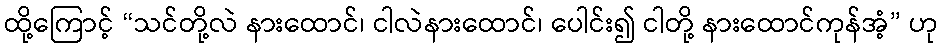
ထို့ကြောင့် “သင်တို့လဲ နားထောင်၊ ငါလဲနားထောင်၊ ပေါင်း၍ ငါတို့ နားထောင်ကုန်အံ့” ဟု